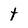
Character: t